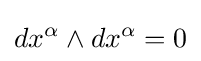
dx^{\alpha }\wedge dx^{\alpha }=0